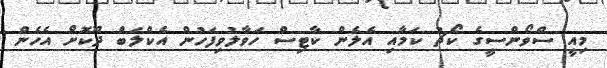
މިއީ ސްވޯންސީގެ ކޯޗު ކަމާއި އެލެން ކާޓިސް ހަވާލުވިފަހުން އެކްލަބް ދޫކޮށް އެހެން